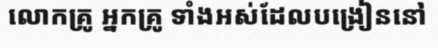
លោកគ្រូ អ្នកគ្រូ ទាំងអស់ដែលបង្រៀននៅ